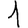
Digit: 1